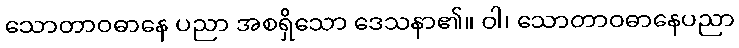
သောတာဝဓာနေ ပညာ အစရှိသော ဒေသနာ၏။ ဝါ၊ သောတာဝဓာနေပညာ